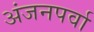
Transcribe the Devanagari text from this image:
अंजनपर्वा